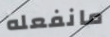
مانفعله